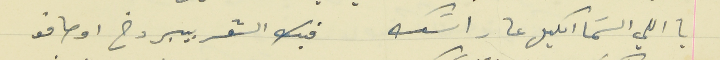
يا اللي السَما اكليل عا راسَك                            فيك الشعر بيبردخ اوصافو